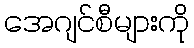
အေဂျင်စီများကို